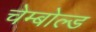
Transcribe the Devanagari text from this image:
चेम्बोल्ड